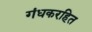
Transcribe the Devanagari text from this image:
गंधकरहित